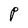
Character: P